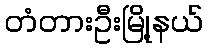
တံတားဦးမြို့နယ်